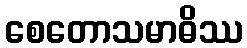
စေတောသမာဓိဿ